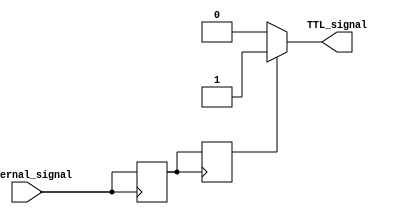
module IO_Buffer (
    input wire internal_signal, 
    output reg TTL_signal
    );

    reg internal_reg;
    reg TTL_reg;

    always @(posedge internal_signal)
    begin
        internal_reg <= internal_signal;
    end

    always @(posedge internal_reg)
    begin
        TTL_reg <= internal_reg;
    end

    always @*
    begin
        if (TTL_reg)
            TTL_signal = 1'b1;
        else
            TTL_signal = 1'b0;
    end

endmodule